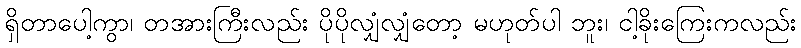
ရှိတာပေါ့ကွာ၊ တအားကြီးလည်း ပိုပိုလျှံလျှံတော့ မဟုတ်ပါ ဘူး၊ ငါ့ခိုးကြေးကလည်း